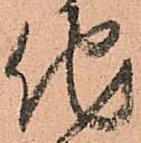
他